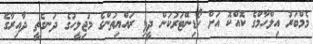
މެމްބަރު އިލްހާމްގެ ކޮއްކޮ އަށް ކޯޑިނޭޓަރުކަން ދީފި ރައްޔިތުންގެ މަޖިލީހުގެ ދަނގެތީ ދާއިރާގެ